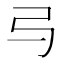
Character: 㢧